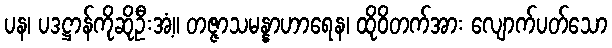
ပန၊ ပဒဋ္ဌာန်ကိုဆိုဦးအံ့။ တဇ္ဇာသမန္နာဟာရေန၊ ထိုဝိတက်အား လျောက်ပတ်သော